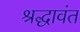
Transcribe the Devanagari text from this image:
श्रद्धावंत